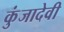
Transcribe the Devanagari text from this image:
कुंजादेवी